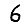
Digit: 6